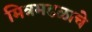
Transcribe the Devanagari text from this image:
मित्रमडळाचे